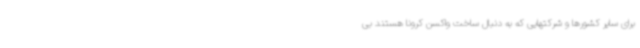
برای سایر کشورها و شرکتهایی که به دنبال ساخت واکسن کرونا هستند بی